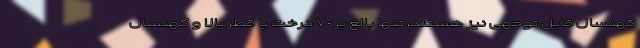
کهنسال قابل توجهی نیز هستند، تنها بالغ بر ٧٠ درخت با قطر بالا و کهنسال